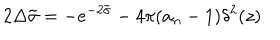
2 \Delta \tilde { \sigma } = - e ^ { - 2 \tilde { \sigma } } - 4 \pi ( a _ { n } - 1 ) \delta ^ { 2 } ( z )